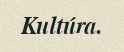
Kultúra.